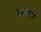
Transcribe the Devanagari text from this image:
करनामे